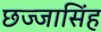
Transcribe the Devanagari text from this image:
छज्जासिंह